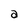
Character: a